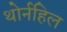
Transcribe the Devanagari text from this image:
थोर्नहिल